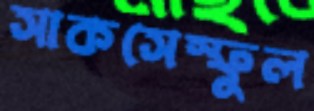
সাকসেস্ফুল